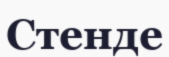
Стенде